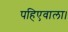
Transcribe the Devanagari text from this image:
पहिएवाला।